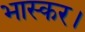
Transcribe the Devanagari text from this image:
भास्कर।